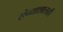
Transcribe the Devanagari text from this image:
संन्याशालाही